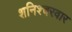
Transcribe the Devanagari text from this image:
शनिश्चरवार